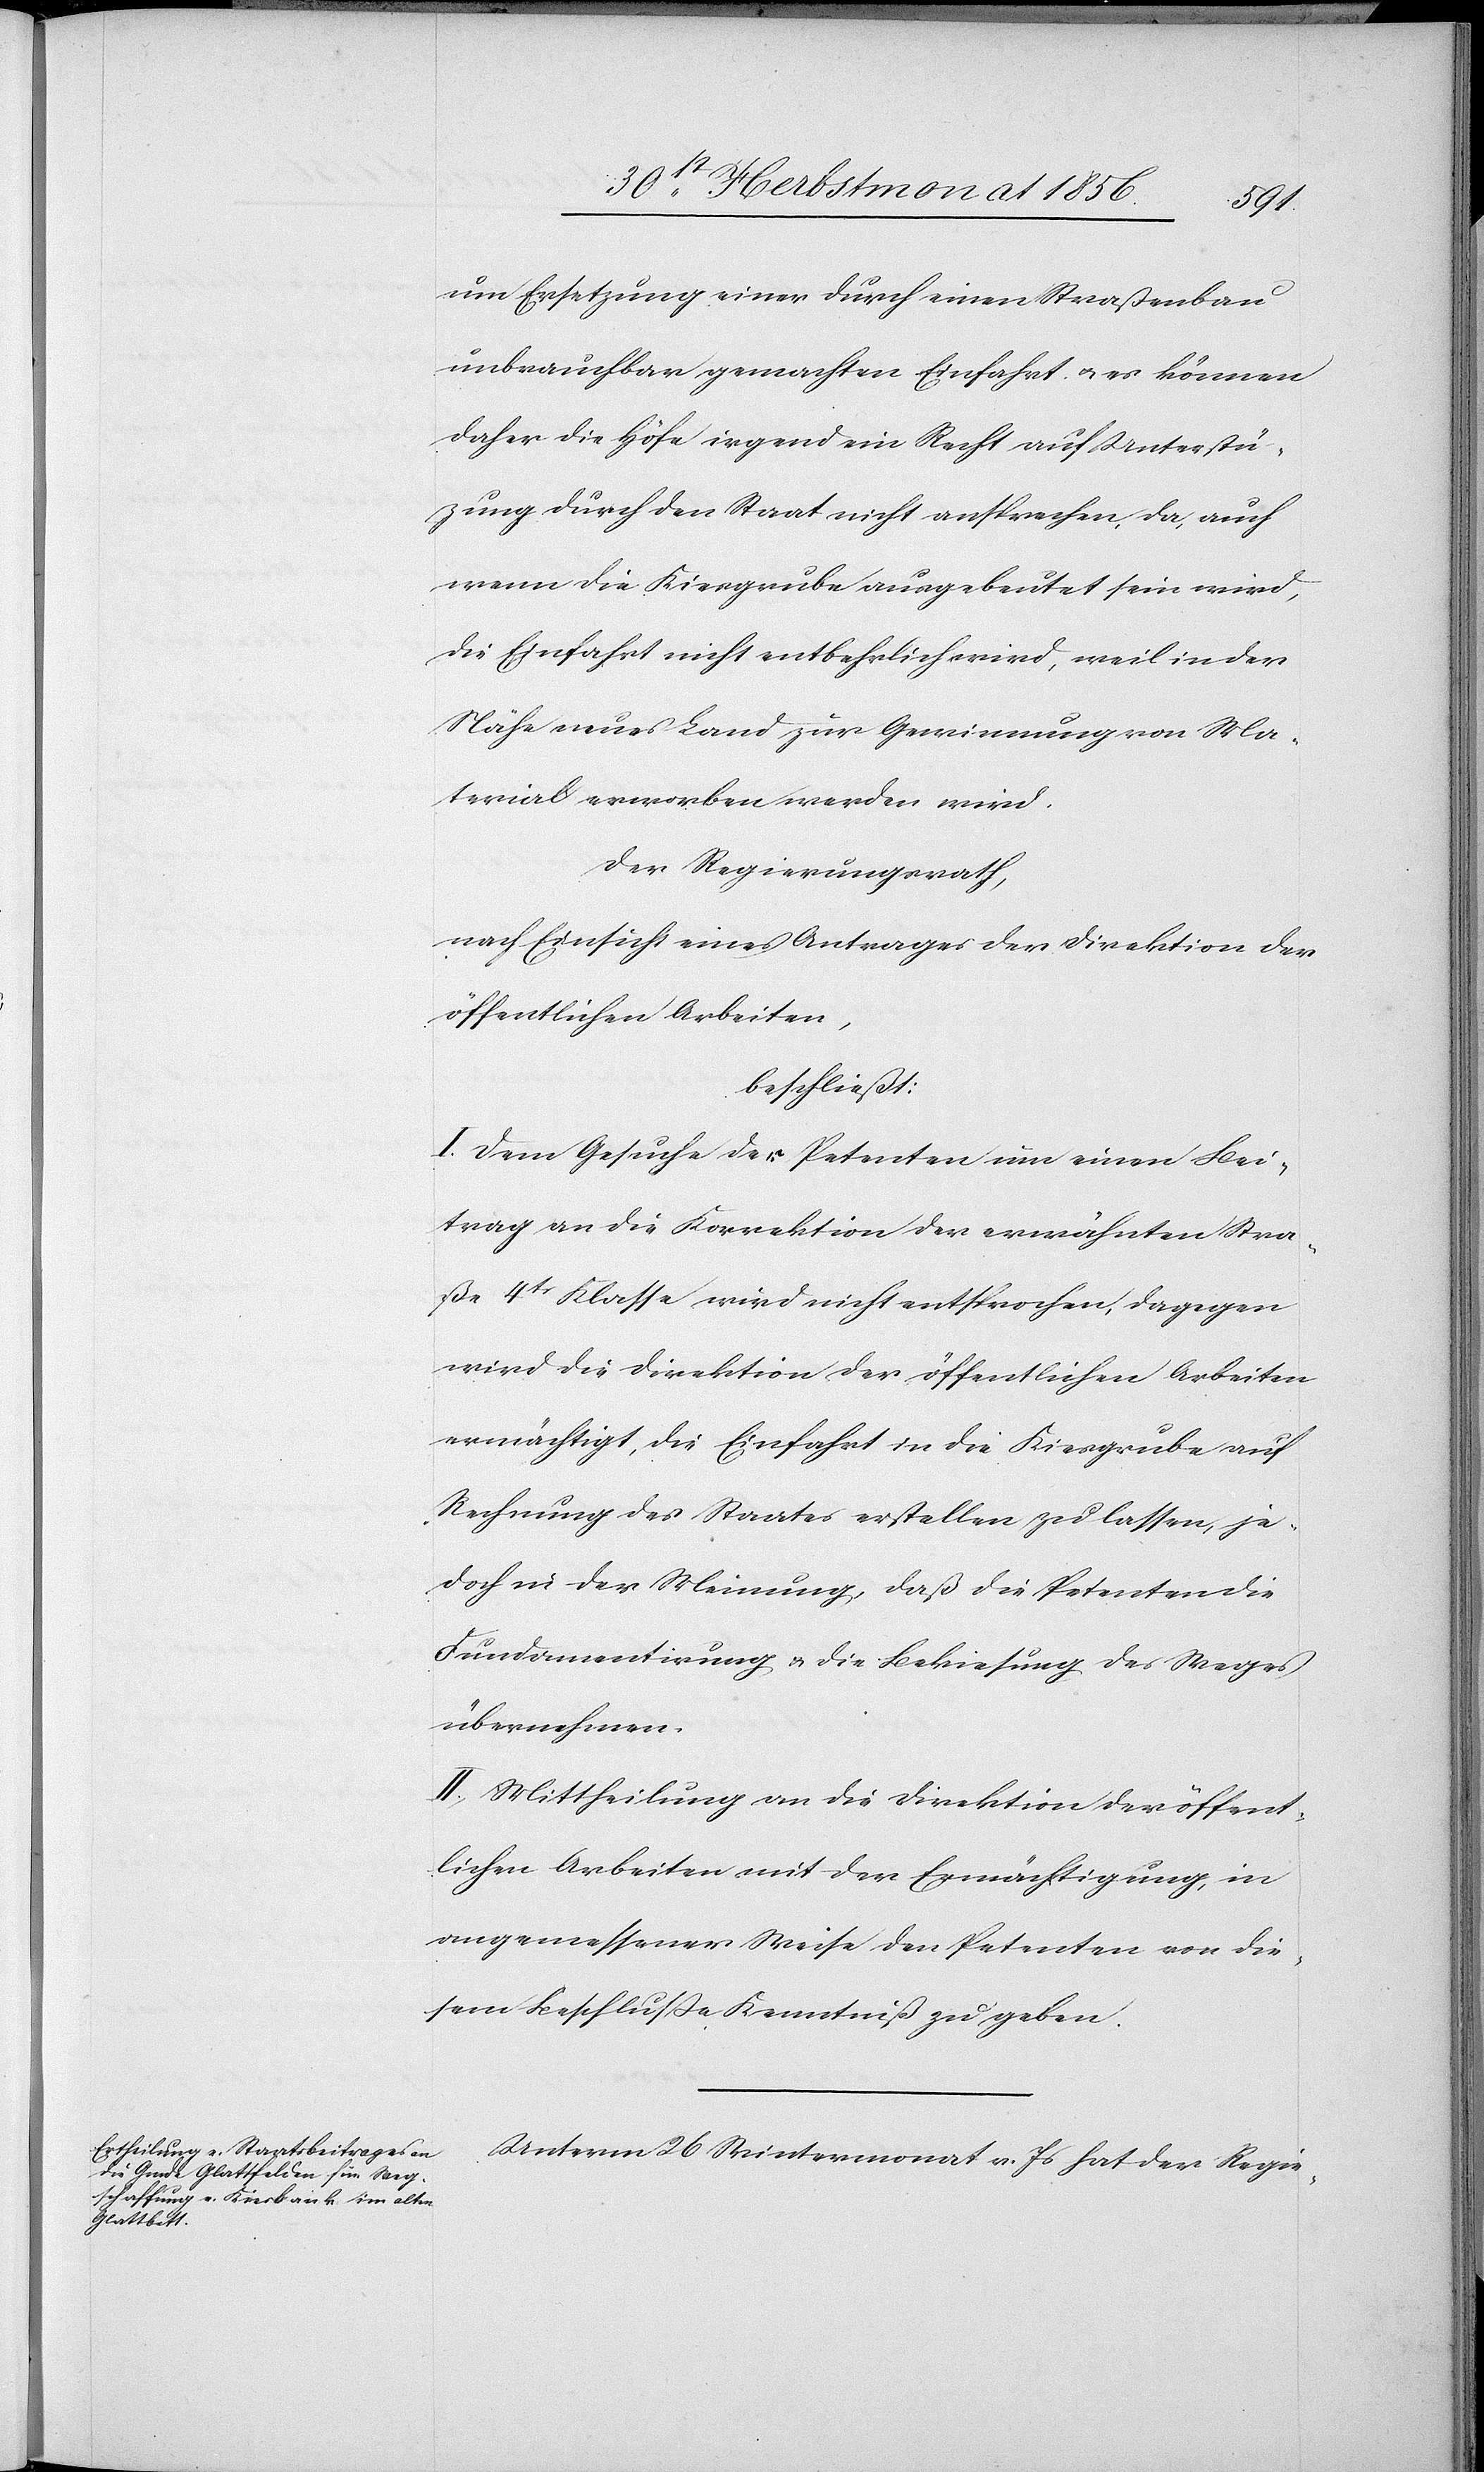
um Ersetzung einer durch einen Straßenbau
unbrauchbar gemachten Einfahrt u. es können
daher die Höfe irgend ein Recht auf Unterstü¬
tzung durch den Staat nicht ansprechen, da, auch
wenn die Kiesgrube ausgebeutet sein wird,
die Einfahrt nicht entbehrlich wird, weil in der
Nähe neues Land zur Gewinnung von Ma¬
terial erworben werden wird.
Der Regierungsrath,
nach Einsicht eines Antrages der Direktion der
öffentlichen Arbeiten,
beschließt:
I. Dem Gesuch der Petenten um einen Bei¬
trag an die Korrektion der erwähnten Stra¬
ße 4tr Klasse wird nicht entsprochen, dagegen
wird die Direktion der öffentlichen Arbeiten
ermächtigt, die Einfahrt in die Kiesgrube auf
Rechnung des Staates erstellen zu lassen, je¬
doch in der Meinung, daß die Petenten die
Fundamentirung u. die Bekiesung des Weges
übernehmen.
II. Mittheilung an die Direktion der öffent¬
lichen Arbeiten mit der Ermächtigung, in
angemessener Weise den Petenten von die¬
sem Beschlusse Kenntniß zu geben.
Unterm 26 Wintermonat v. Js hat der Regie-